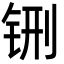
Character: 铏